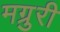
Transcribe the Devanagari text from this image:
मग्रुरी